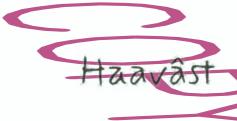
Haavâst